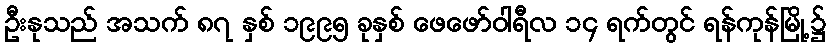
ဦးနုသည် အသက် ၈၇ နှစ် ၁၉၉၅ ခုနှစ် ဖေဖော်ဝါရီလ ၁၄ ရက်တွင် ရန်ကုန်မြို့၌